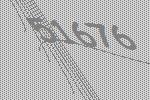
51676